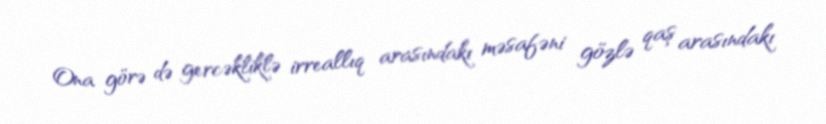
Ona görə də gercəkliklə irreallıq arasındakı məsafəni gözlə qaş arasındakı